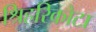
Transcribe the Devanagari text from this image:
श्रिहरिकोटा